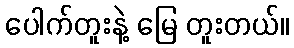
ပေါက်တူးနဲ့ မြေ တူးတယ်။